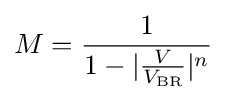
M={\frac {1}{1-|{\frac {V}{V_{\mathrm {BR} }}}|^{n}}}